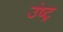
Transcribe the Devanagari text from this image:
उंष्ट्र